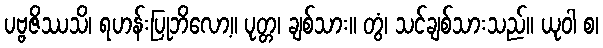
ပဗ္ဗဇိဿသိ၊ ရဟန်းပြုဘိလော့။ ပုတ္တ၊ ချစ်သား။ တွံ၊ သင်ချစ်သားသည်။ ယုဝါ စ၊